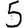
Digit: 5